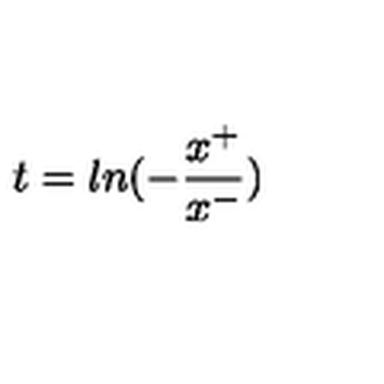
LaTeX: t = l n ( - \frac { x ^ { + } } { x ^ { - } } )